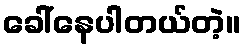
ခေါ်နေပါတယ်တဲ့။